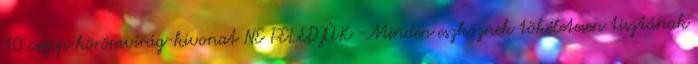
10 csepp körömvirág-kivonat NE FELEDJÜK -Minden eszköznek tökéletesen tisztának